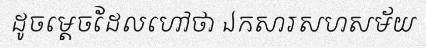
ដូចម្តេចដែលហៅថា ឯកសារសហសម័យ